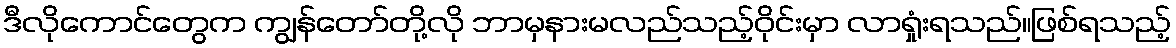
ဒီလိုကောင်တွေက ကျွန်တော်တို့လို ဘာမှနားမလည်သည့်ဝိုင်းမှာ လာရှုံးရသည်။ဖြစ်ရသည့်